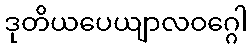
ဒုတိယပေယျာလဝဂ္ဂေါ